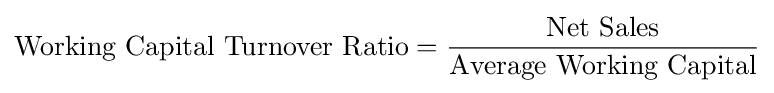
{\text{Working Capital Turnover Ratio}}={\frac {\text{Net Sales}}{\text{Average Working Capital}}}